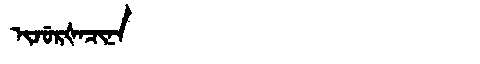
Manchu: ᡳᠵᡠᡵᡧᠠᠴᡳᠨᠠ
Romanization: IJURŠACINA